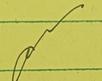
Signature authenticity: genuine